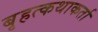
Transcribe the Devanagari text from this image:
बृहत्कथाकर्ता